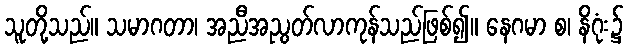
သူတို့သည်။ သမာဂတာ၊ အညီအညွတ်လာကုန်သည်ဖြစ်၍။ နေဂမာ စ၊ နိဂုံး၌